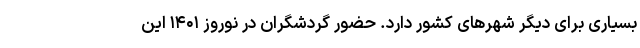
بسیاری برای دیگر شهرهای کشور دارد. حضور گردشگران در نوروز ۱۴۰۱ این